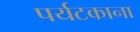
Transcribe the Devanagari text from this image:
पर्यटकाना